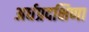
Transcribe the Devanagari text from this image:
अर्धप्रदक्षिणा